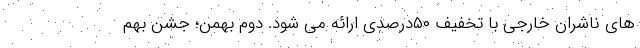
های ناشران خارجی با تخفیف ۵۰درصدی ارائه می شود. دوم بهمن؛ جشن بهم